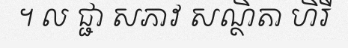
។ ល ជ្ជា សភាវ សណ្ថិតា ហិរី